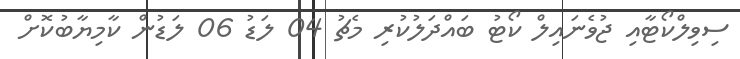
ސިވިލްކޯޓާއި ޖުވެނައިލް ކޯޓު ބައްދަލުކުރި މެޗު 04 ލަޑު 06 ލަޑުން ކާމިޔާބުކޮށް